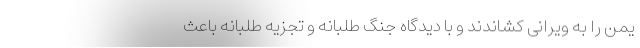
یمن را به ویرانی کشاندند و با دیدگاه جنگ طلبانه و تجزیه طلبانه باعث